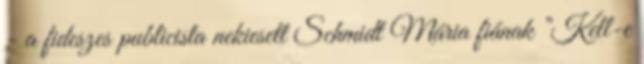
- a fideszes publicista nekiesett Schmidt Mária fiának "Kell-e